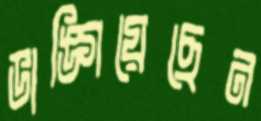
ভাঙ্গিয়েছেন